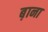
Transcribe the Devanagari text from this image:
ब़ाना